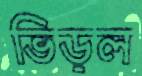
ভিড়ল